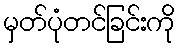
မှတ်ပုံတင်ခြင်းကို